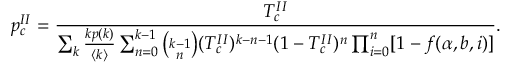
p _ { c } ^ { I I } = \frac { T _ { c } ^ { I I } } { \sum _ { k } \frac { k p ( k ) } { \langle k \rangle } \sum _ { n = 0 } ^ { k - 1 } \binom { k - 1 } { n } ( T _ { c } ^ { I I } ) ^ { k - n - 1 } ( 1 - T _ { c } ^ { I I } ) ^ { n } \prod _ { i = 0 } ^ { n } [ 1 - f ( \alpha , b , i ) ] } .